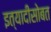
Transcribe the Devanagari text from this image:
इत्यादीसोबत